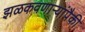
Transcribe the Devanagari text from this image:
झळकवणार्‍यांपैकी